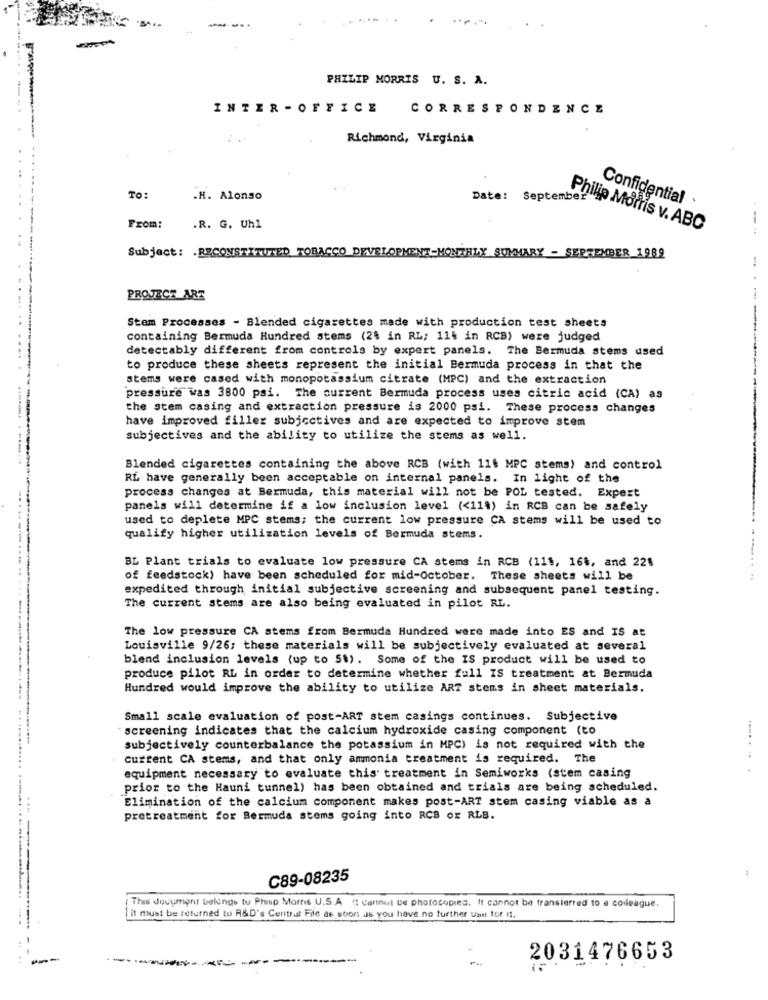
-....
PHILIP MORRIS U. S. A.
INTER - OFFICE CORRESPONDENCE
Richmond, Virginia
.....
----.
TO:
.H. Alonso
Date: September
Confidential ·
From:
.R. G. Uhl
Philip Morris v. ABC
--
Subject: RECONSTITUTED TOBACCO DEVELOPMENT-MONTHLY SUMMARY - SEPTEMBER 1989
PROJECT ART
Stem Processes - Blended cigarettes made with production test sheets
containing Bermuda Hundred stems (24 in RL; 11% in RCB) were judged
detectably different from controls by expert panels. The Bermuda stems used
to produce these sheets represent the initial Bermuda process in that the
stems were cased with monopotassium citrate (MPC) and the extraction
pressure was 3800 psi. The current Bermuda process uses citric acid (CA) as
the Stem casing and extraction pressure is 2000 psi. These process changes
have improved filler subjectives and are expected to improve stem
subjectives and the ability to utilize the stems as well.
......... . ........
Blended cigarettes containing the above RCB (with 11$ MPC stems) and control
RL have generally been acceptable on internal panels. In light of the
process changes at Bermuda, this material will not be POL tested. Expert
panels will determine if a low inclusion level (<114) in RCB can be safely
used to deplete MPC stems; the current low pressure CA stems will be used to
qualify higher utilization levels of Bermuda stems.
BL Plant trials to evaluate low pressure CA stems in RCB (111, 164, and 22$
--....
of feedstock) have been scheduled for mid-October. These sheets will be
expedited through initial subjective screening and subsequent panel testing.
The current stems are also being evaluated in pilot RL.
The low pressure CA stems from Bermuda Hundred were made into ES and IS at
Louisville 9/26; these materials will be subjectively evaluated at several
blend inclusion levels (up to 51). Some of the IS product will be used to
produce pilot RL in order to determine whether full IS treatment at Bermuda
Hundred would improve the ability to utilize ART stems in sheet materials.
Small scale evaluation of post-ART stem casings continues. Subjective
screening indicates that the calcium hydroxide casing component (to
subjectively counterbalance the potassium in MPC) is not required with the
current CA stems, and that only ammonia treatment is required. The
equipment necessary to evaluate this treatment in Semiworks (stem casing
prior to the Hauni tunnel) has been obtained and trials are being scheduled.
Elimination of the calcium component makes post-ART stem casing viable as a
pretreatment for Bermuda stems going into RCB or RLB.
C89-08235
This document belongs tu Phip Mortis U.S.A ": cannul be photocopies. It cannot be transferred to e codeague.
it must be returned to R&D's Central File as soon as you have no further une for it.
2031476653
. ..